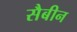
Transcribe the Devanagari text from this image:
सैबीन